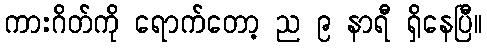
ကားဂိတ်ကို ရောက်တော့ ည ၉ နာရီ ရှိနေပြီ။